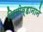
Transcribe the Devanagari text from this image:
जियोव्हानाने